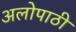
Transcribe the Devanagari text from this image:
अलोपाठी